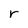
Character: r